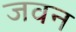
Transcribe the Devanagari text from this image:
जवन